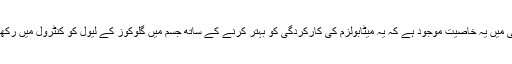
دارچینی میں یہ خاصیت موجود ہے کہ یہ میٹابولزم کی کارکردگی کو بہتر کرنے کے ساتھ جسم میں گلوکوز کے لیول کو کنٹرول میں رکھتی ہے۔